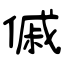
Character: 傶